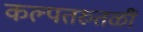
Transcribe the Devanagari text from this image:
कल्पतरुतळीं